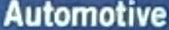
Automotive